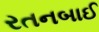
રતનબાઈ